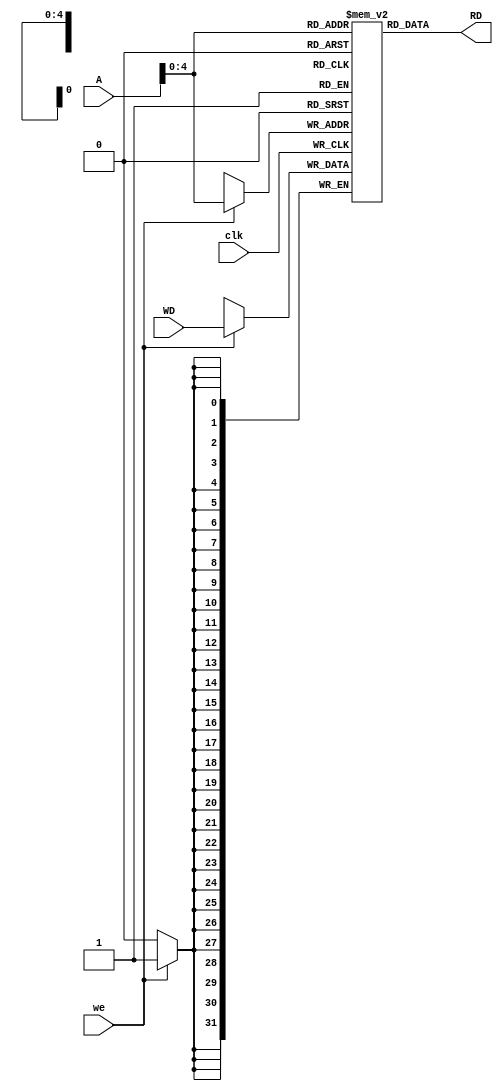
`timescale 1ns / 1ps
//////////////////////////////////////////////////////////////////////////////////
// Company: 
// Engineer: 
// 
// Design Name: 
// Module Name: Data_Memory
// Project Name: 
// Target Devices: 
// Tool Versions: 
// Description: 
// 
// Dependencies: 
// 
// Revision:
// Revision 0.01 - File Created
// Additional Comments:
// 
//////////////////////////////////////////////////////////////////////////////////


module Data_Memory#(parameter ADDR_WIDTH /*N*/ = 5 ,DATA_WIDTH/*Bits*/ = 32)(
    input clk,
    input we,
    input  [DATA_WIDTH -1: 0] A,
    input  [DATA_WIDTH -1: 0] WD,
    output [DATA_WIDTH -1: 0] RD
    );
    
    reg [DATA_WIDTH - 1:0] memory[0:2**ADDR_WIDTH -1];
    
    always@(posedge clk)
    begin
            //synchronous wirte port
            if(we)
            memory[A] <=  WD;
    end
    
    //Asynchronous read port
    assign RD = memory[A];
    
endmodule